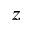
z